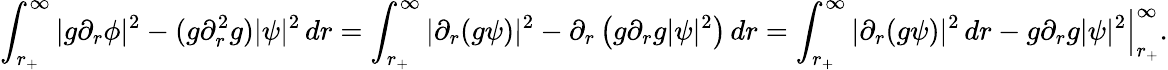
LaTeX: \int_{r_{+}}^{\infty}|g\partial_{r}\phi|^{2}-(g\partial_{r}^{2}g)|\psi|^{2}\, dr=\int_{r_{+}}^{\infty}|\partial_{r}(g\psi)|^{2}-\partial_{r}\left(g\partial_{r}g|\psi|^{2}\right)\, dr=\int_{r_{+}}^{\infty}|\partial_{r}(g\psi)|^{2}\, dr-g\partial_{r}g|\psi|^{2}\Big|_{r_{+}}^{\infty}.